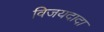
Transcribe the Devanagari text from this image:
विजयदादा